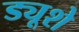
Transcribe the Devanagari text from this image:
ड्यूशे